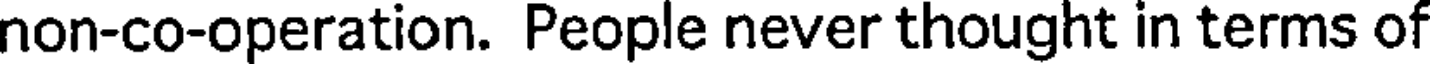
non-co-operation. People never thought in terms of